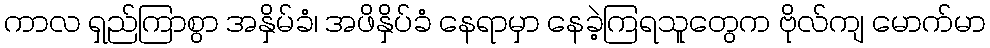
ကာလ ရှည်ကြာစွာ အနှိမ်ခံ၊ အဖိနှိပ်ခံ နေရာမှာ နေခဲ့ကြရသူတွေက ဗိုလ်ကျ မောက်မာ